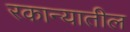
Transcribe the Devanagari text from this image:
रकान्यातील